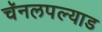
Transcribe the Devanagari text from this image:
चॅनलपल्याड